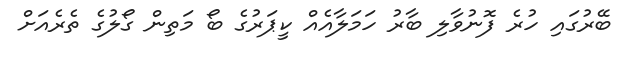
ބޭރުގައި ހުރެ ފޮނުވާލި ބާރު ހަމަލާއެއް ކީޕަރުގެ ބޯ މަތިން ގޯލުގެ ތެރެއަށް